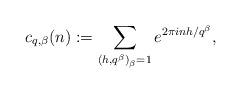
LaTeX: \begin{align*} c_{q,\beta }(n): = \sum\limits_{{{(h,{q^\beta })}_\beta } = 1} {{e^{2\pi inh/{q^\beta }}}},\end{align*}